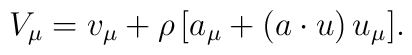
V_\mu=v_\mu+\rho\,[a_\mu+(a\cdot u)\,u_\mu].